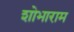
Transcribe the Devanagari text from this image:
शोभाराम